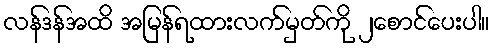
လန်ဒန်အထိ အမြန်ရထားလက်မှတ်ကို ၂စောင်ပေးပါ။